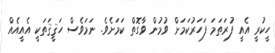
ހީކުރީ އެއީ ފުރަތަމަ ފަހަރުކަމަށް ވުމުން ވާގޮތް ކަމަށެވެ. ނަމަވެސް ހަޤީޤަތަކީ އެއީއެއް